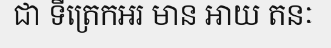
ជា ទីត្រេកអរ មាន អាយ តនៈ